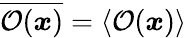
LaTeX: \overline{{\mathcal{O}(\boldsymbol{x})}}=\langle\mathcal{O}(\boldsymbol{x})\rangle